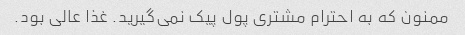
ممنون که به احترام مشتری پول پیک نمی‌گیرید. غذا عالی بود.